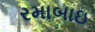
રમાબાઇ